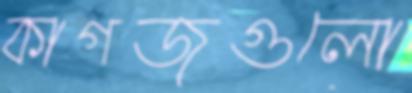
কাগজগুলো